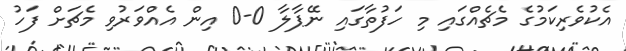
އެކުވެރިކަމުގެ މެޗެއްގައި މި ހަފުތާގައި ނޭޕާލާ 0-0 އިން އެއްވަރުވި މެޗަށް ފަހު